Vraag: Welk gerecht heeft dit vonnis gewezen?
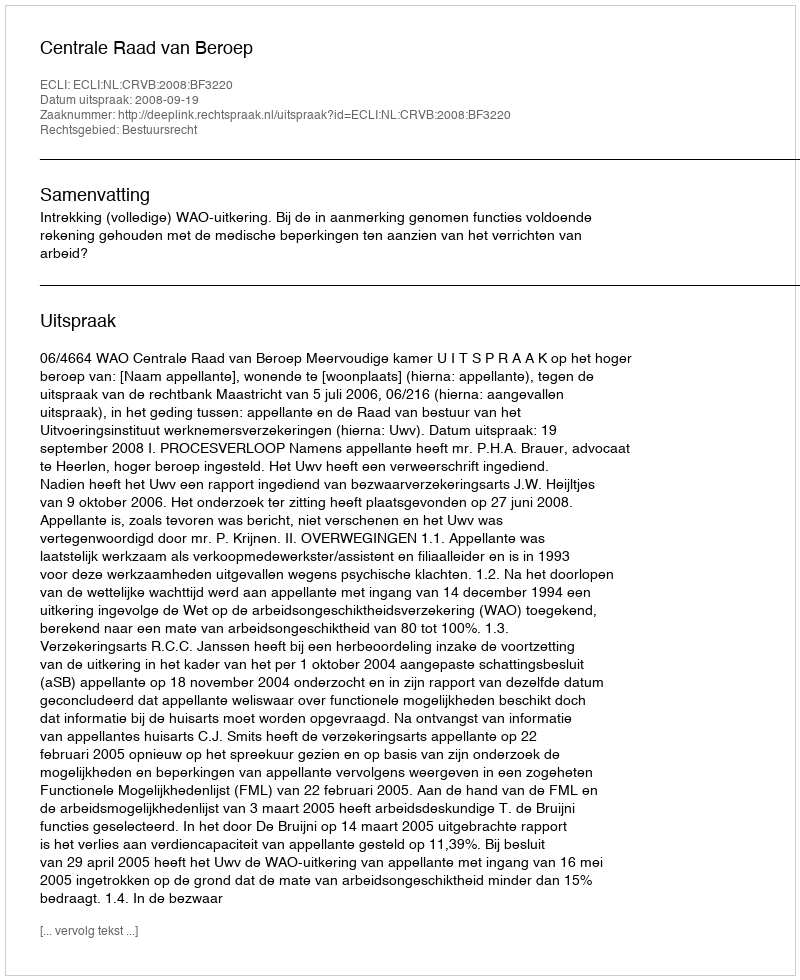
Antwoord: Centrale Raad van Beroep